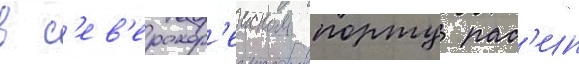
в с'ев'ерокор'еиском порту рас'ин